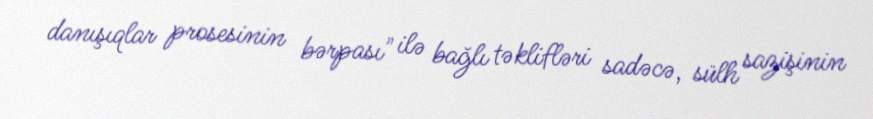
danışıqlar prosesinin bərpası" ilə bağlı təklifləri sadəcə, sülh sazişinin